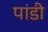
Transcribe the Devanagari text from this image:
पांडी